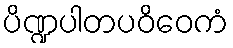
ပိဏ္ဍပါတပဝိဝေကံ